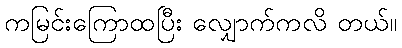
ကမြင်းကြောထပြီး လျှောက်ကလိ တယ်။